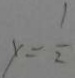
y = \frac { 1 } { 2 }